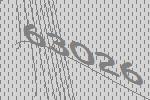
63026